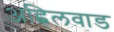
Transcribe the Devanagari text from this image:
अह्निलवाड